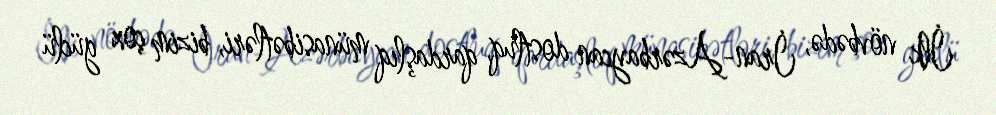
İlk növbədə, İran-Azərbaycan dostluq, qardaşlıq münasibətləri, bizim çox güclü